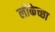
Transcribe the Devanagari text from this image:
लोकेच्छा